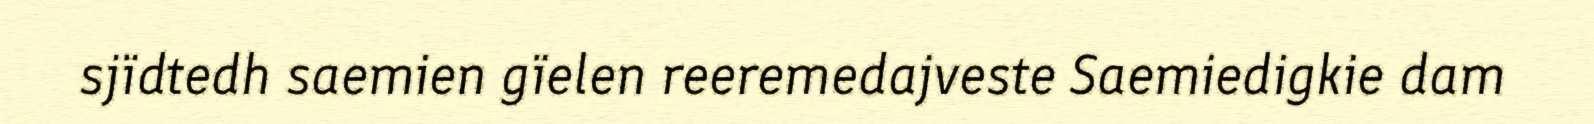
sjïdtedh saemien gïelen reeremedajveste Saemiedigkie dam